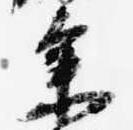
参